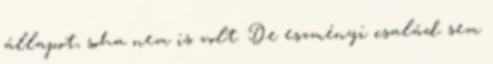
állapot, soha nem is volt. De eszményi család sem